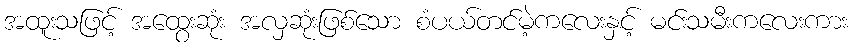
အထူးသဖြင့် အထွေးဆုံး အလှဆုံးဖြစ်သော စံပယ်တင်မဲ့ကလေးနှင့် မင်းသမီးကလေးကား